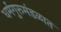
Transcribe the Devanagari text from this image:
धर्मगुरूमंडळात